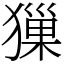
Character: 㺐